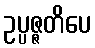
ဥပ္ပဇ္ဇတိပေ